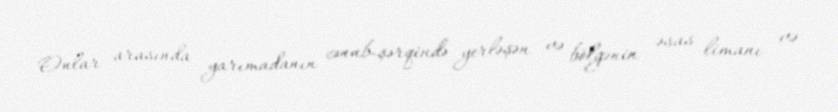
Onlar arasında yarımadanın cənub-şərqində yerləşən və bölgənin əsas limanı və